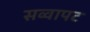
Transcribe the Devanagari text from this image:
सव्वापट